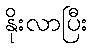
နိုးလာပြီး